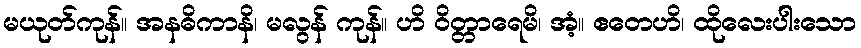
မယုတ်ကုန်။ အနဓိကာနိ၊ မလွန် ကုန်။ ဟိ ဝိတ္တာရေမိ၊ အံ့။ ဧတေဟိ၊ ထိုလေးပါးသော